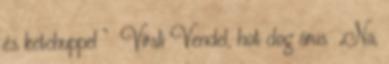
és ketchuppel ” Virsli Vendel, hot dog árus „Na,